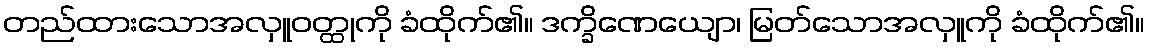
တည်ထားသောအလှူဝတ္ထုကို ခံထိုက်၏။ ဒက္ခိဏေယျော၊ မြတ်သောအလှူကို ခံထိုက်၏။